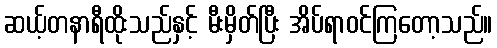
ဆယ့်တနာရီထိုးသည်နှင့် မီးမှိတ်ပြီး အိပ်ရာဝင်ကြတော့သည်။